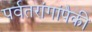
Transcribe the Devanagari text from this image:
पर्वतरांगांपैकी